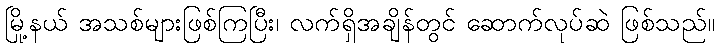
မြို့နယ် အသစ်များဖြစ်ကြပြီး၊ လက်ရှိအချိန်တွင် ဆောက်လုပ်ဆဲ ဖြစ်သည်။